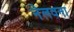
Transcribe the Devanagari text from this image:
नेलवना